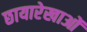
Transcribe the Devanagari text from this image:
छायारेखाओं